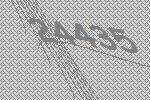
24435